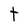
Character: t